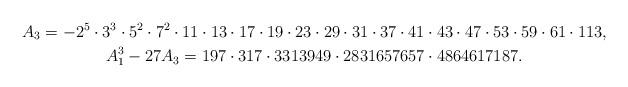
LaTeX: \begin{align*} A_3 = -2^5 \cdot 3^3 \cdot 5^2 \cdot 7^2 \cdot 11 \cdot 13 \cdot 17 \cdot 19 \cdot 23 \cdot 29 \cdot 31 \cdot 37 \cdot 41 \cdot 4&3 \cdot 47 \cdot 53 \cdot 59 \cdot 61 \cdot 113, \\ A_1^3 - 27 A_3 = 197 \cdot 317 \cdot 3313949 \cdot 2831657657 \cdot 4&864617187. \end{align*}